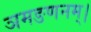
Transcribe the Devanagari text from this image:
ञमङणनम्।